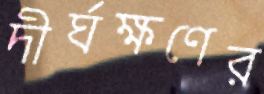
দীর্ঘক্ষণের